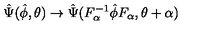
\hat { \Psi } ( \hat { \phi } , \theta ) \rightarrow \hat { \Psi } ( F _ { \alpha } ^ { - 1 } \hat { \phi } F _ { \alpha } , \theta + \alpha )